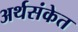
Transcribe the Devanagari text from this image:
अर्थसंकेत